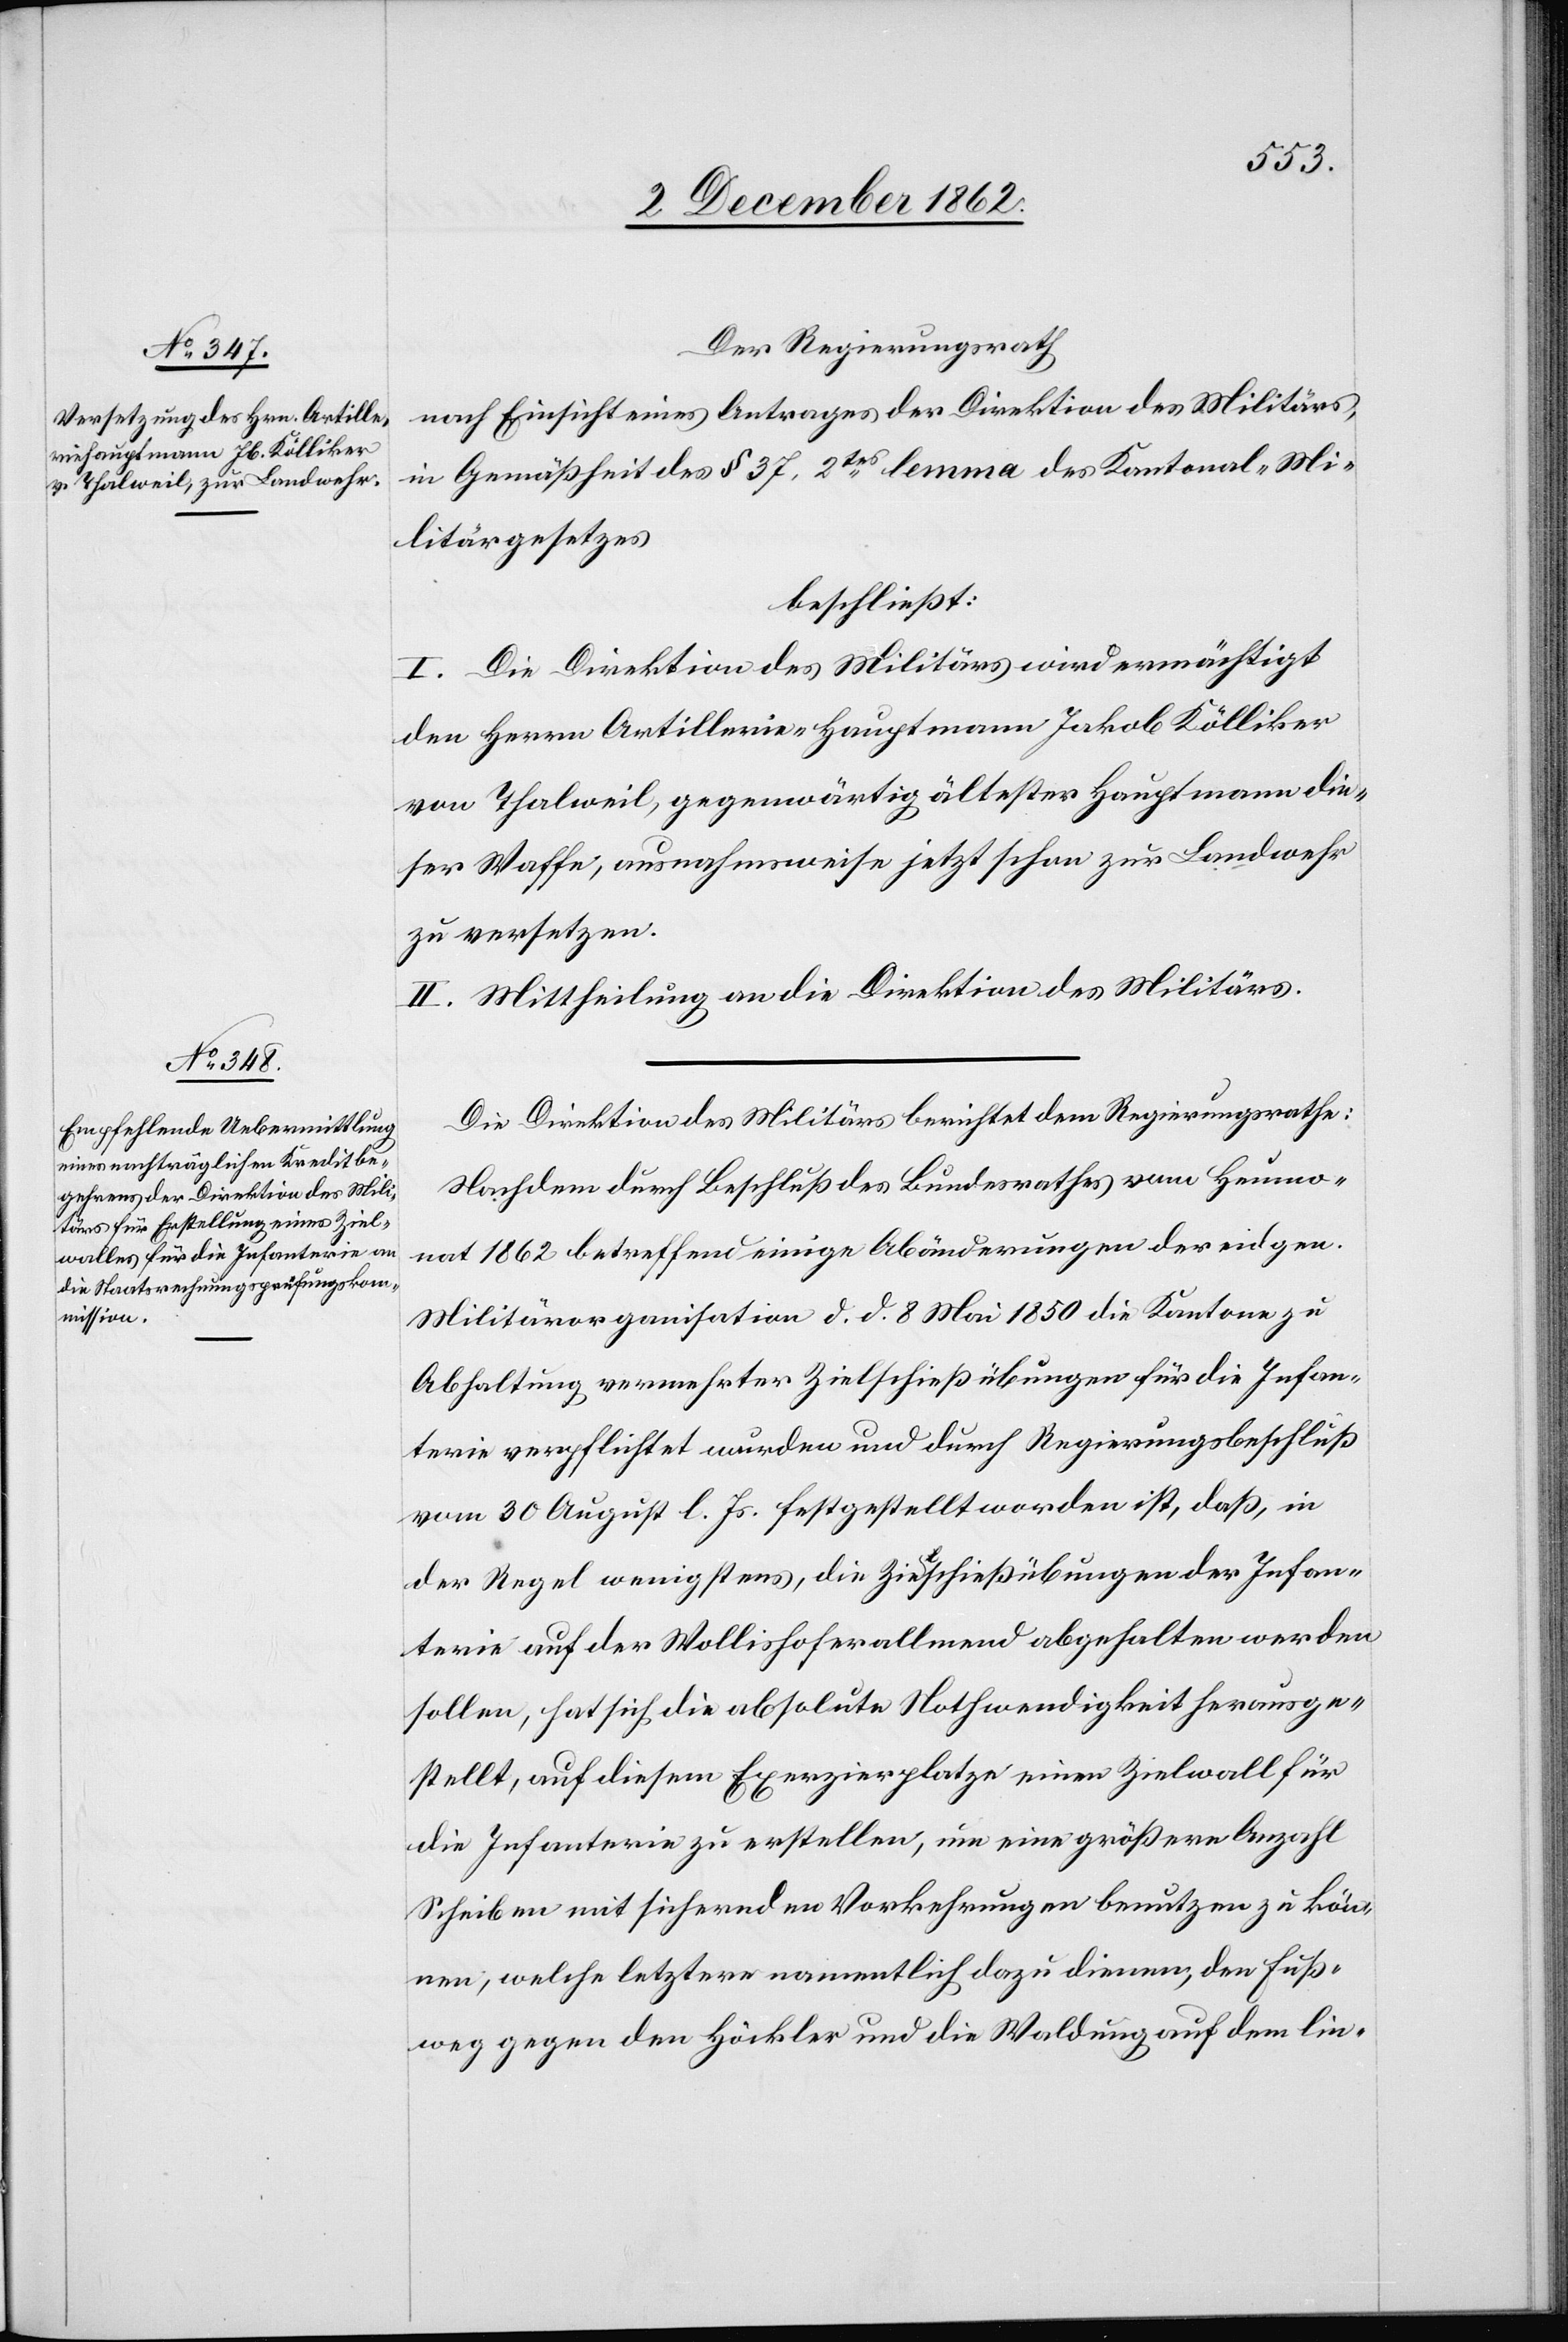
Der Regierungsrath
nach Einsicht eines Antrages der Direktion des Militärs,
in Gemäßheit des § 37 2tes lemma des Kantonal-Mi¬
litärgesetzes
beschließt:
I. Die Direktion des Militärs wird ermächtigt
den Herrn Artillerie-Hauptmann Jakob Kölliker
von Thalweil, gegenwärtig ältester Hauptmann die¬
ser Waffe, ausnahmsweise jetzt schon zur Landwehr
zu versetzen.
II. Mittheilung an die Direktion des Militärs.
Die Direktion des Militärs berichtet dem Regierungsrathe:
Nachdem durch Beschluß des Bundesrathes vom Heumo¬
nat 1862 betreffend einige Abänderungen der eidgen.
Militärorganisation d. d. 8. Mai 1850 die Kantone zu
Abhaltung vermehrter Zielschießübungen für die Infan¬
terie verpflichtet wurden und durch Regierungsbeschluß
vom 30. August l. Js. festgestellt worden ist, daß, in
der Regel wenigstens, die Zielschießübungen der Infan¬
terie auf der Wollishoferallmend abgehalten werden
sollen, hat sich die absolute Nothwendigkeit herausge¬
stellt, auf diesem Exerzierplatze einen Zielwall für
die Infanterie zu erstellen, um eine größere Anzahl
Scheiben mit sichernden Vorkehrungen benutzen zu kön¬
nen, welche letztere[n] namentlich dazu dienen, den Fuß¬
weg gegen den Höckler und die Waldung auf dem lin-